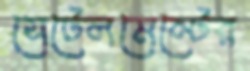
সেটেলমেন্টের